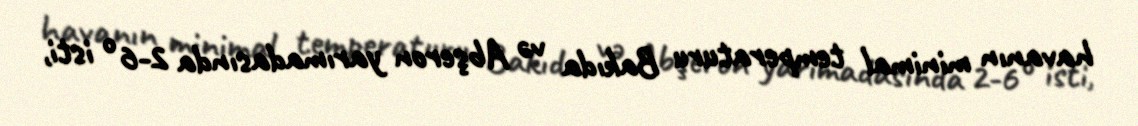
havanın minimal temperaturu Bakıda və Abşeron yarımadasında 2-6° isti,